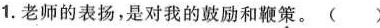
1.老师的表扬，是对我的鼓励和鞭策。( )